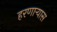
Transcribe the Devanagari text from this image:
हरणार्‍यास